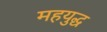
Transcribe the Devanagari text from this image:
महयुद्ध